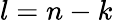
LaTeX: l=n-k